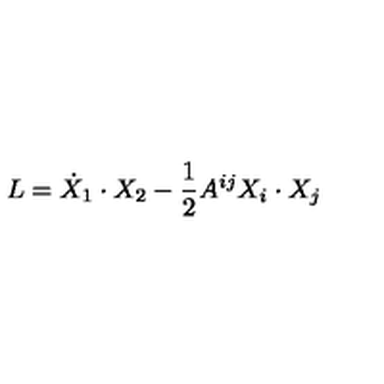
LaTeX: L = \dot { X } _ { 1 } \cdot X _ { 2 } - \frac { 1 } { 2 } A ^ { i j } X _ { i } \cdot X _ { j }